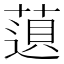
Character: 𬝿